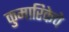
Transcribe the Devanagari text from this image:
कुमारिकेचे